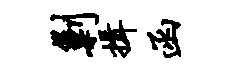
剿揖函